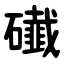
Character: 䃱